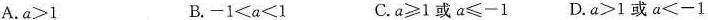
A.$$a > 1$$ B.$$- 1 < a < 1$$ C.$$a ≥ 1$$或$$a ≤ - 1$$ D.$$a > 1$$或$$a < - 1$$